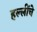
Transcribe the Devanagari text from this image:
हल्लींचे